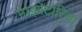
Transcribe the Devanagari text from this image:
माइग्रेटोरिया